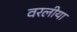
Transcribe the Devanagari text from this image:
वरलीया